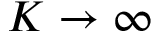
K \to \infty